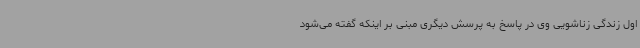
اول زندگی زناشویی وی در پاسخ به پرسش دیگری مبنی بر اینکه گفته می‌شود